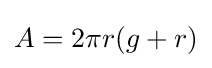
A=2\pi r(g+r)